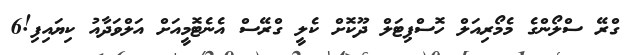
ގްރޭ ސްލޯންގެ މެމޯރިއަލް ހޮސްޕިޓަލް ދޫކޮށް ކެލީ ގްރޭސް އެނެޓޮމީއަށް އަލްވަދާއު ކިޔައިފި!6